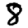
Digit: 8